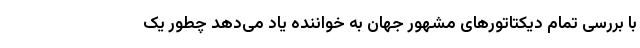
با بررسی تمام دیکتاتورهای مشهور جهان به خواننده یاد می‌دهد چطور یک